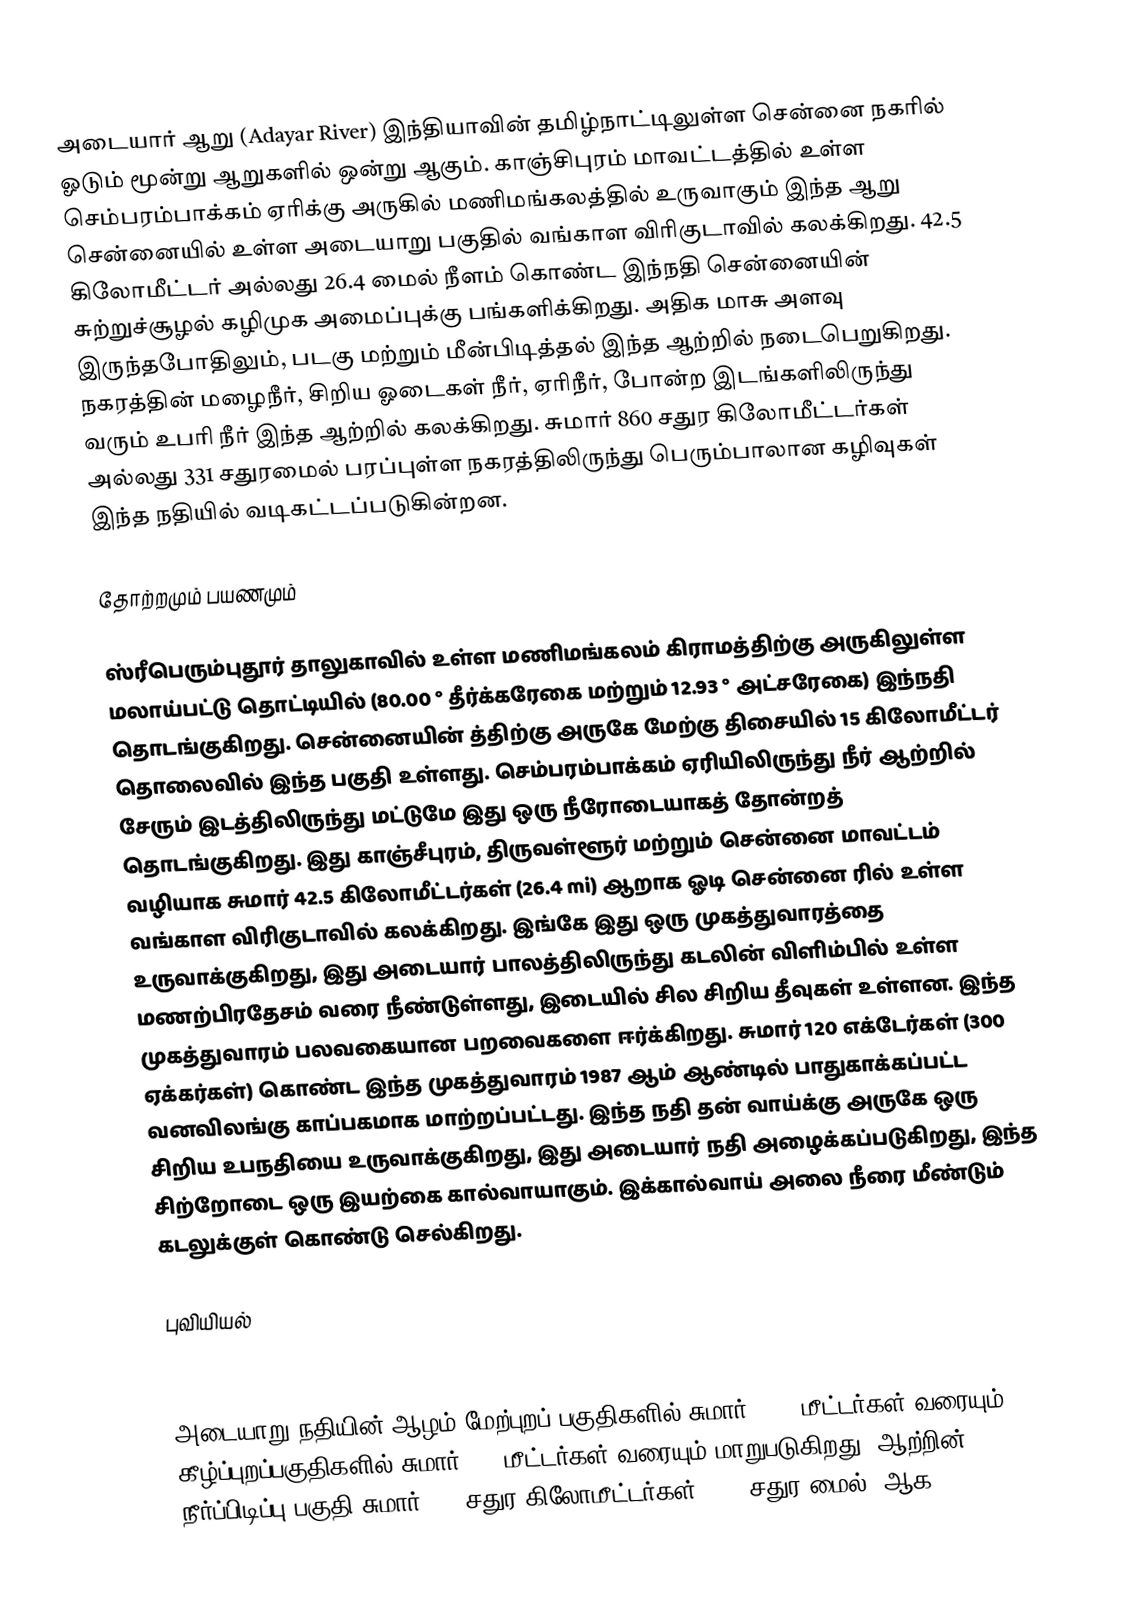
அடையார் ஆறு (Adayar River) இந்தியாவின் தமிழ்நாட்டிலுள்ள சென்னை நகரில் ஓடும் மூன்று ஆறுகளில் ஒன்று ஆகும்.  காஞ்சிபுரம் மாவட்டத்தில் உள்ள செம்பரம்பாக்கம் ஏரிக்கு அருகில்  மணிமங்கலத்தில் உருவாகும் இந்த ஆறு சென்னையில் உள்ள அடையாறு பகுதில் வங்காள விரிகுடாவில் கலக்கிறது. 42.5 கிலோமீட்டர் அல்லது 26.4 மைல் நீளம் கொண்ட இந்நதி சென்னையின் சுற்றுச்சூழல் கழிமுக அமைப்புக்கு பங்களிக்கிறது. அதிக மாசு அளவு இருந்தபோதிலும், படகு மற்றும் மீன்பிடித்தல் இந்த ஆற்றில் நடைபெறுகிறது. நகரத்தின் மழைநீர், சிறிய ஓடைகள் நீர், ஏரிநீர், போன்ற இடங்களிலிருந்து வரும் உபரி நீர் இந்த ஆற்றில் கலக்கிறது. சுமார் 860 சதுர கிலோமீட்டர்கள் அல்லது 331 சதுரமைல் பரப்புள்ள நகரத்திலிருந்து பெரும்பாலான கழிவுகள் இந்த நதியில் வடிகட்டப்படுகின்றன.

தோற்றமும் பயணமும்

ஸ்ரீபெரும்புதூர் தாலுகாவில் உள்ள மணிமங்கலம் கிராமத்திற்கு அருகிலுள்ள மலாய்பட்டு தொட்டியில் (80.00 ° தீர்க்கரேகை மற்றும் 12.93 ° அட்சரேகை) இந்நதி தொடங்குகிறது. சென்னையின் த்திற்கு அருகே மேற்கு திசையில் 15 கிலோமீட்டர் தொலைவில் இந்த பகுதி உள்ளது. செம்பரம்பாக்கம் ஏரியிலிருந்து நீர் ஆற்றில் சேரும் இடத்திலிருந்து மட்டுமே இது ஒரு நீரோடையாகத் தோன்றத் தொடங்குகிறது. இது காஞ்சீபுரம், திருவள்ளூர் மற்றும் சென்னை மாவட்டம் வழியாக சுமார் 42.5 கிலோமீட்டர்கள் (26.4 mi) ஆறாக ஓடி சென்னை ரில் உள்ள வங்காள விரிகுடாவில் கலக்கிறது. இங்கே இது ஒரு முகத்துவாரத்தை உருவாக்குகிறது, இது அடையார் பாலத்திலிருந்து கடலின் விளிம்பில் உள்ள மணற்பிரதேசம் வரை நீண்டுள்ளது, இடையில் சில சிறிய தீவுகள் உள்ளன. இந்த முகத்துவாரம் பலவகையான பறவைகளை ஈர்க்கிறது. சுமார் 120 எக்டேர்கள் (300 ஏக்கர்கள்) கொண்ட இந்த முகத்துவாரம் 1987 ஆம் ஆண்டில் பாதுகாக்கப்பட்ட வனவிலங்கு காப்பகமாக மாற்றப்பட்டது. இந்த நதி தன் வாய்க்கு அருகே ஒரு சிறிய உபநதியை உருவாக்குகிறது, இது அடையார் நதி அழைக்கப்படுகிறது, இந்த சிற்றோடை ஒரு இயற்கை கால்வாயாகும். இக்கால்வாய் அலை நீரை மீண்டும் கடலுக்குள் கொண்டு செல்கிறது.

புவியியல்

அடையாறு நதியின் ஆழம் மேற்புறப் பகுதிகளில் சுமார் 0.75 மீட்டர்கள் வரையும் கீழ்ப்புறப்பகுதிகளில் சுமார் 0.5 மீட்டர்கள் வரையும் மாறுபடுகிறது. ஆற்றின் நீர்ப்பிடிப்பு பகுதி சுமார் 530 சதுர கிலோமீட்டர்கள் (200 சதுர மைல்) ஆக